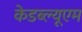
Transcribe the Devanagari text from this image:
केडब्ल्यूएम